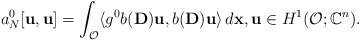
\begin{align*}a_N^0[\mathbf{u},\mathbf{u}]=\int _\mathcal{O}\langle g^0 b(\mathbf{D})\mathbf{u},b(\mathbf{D})\mathbf{u}\rangle \,d\mathbf{x},\mathbf{u}\in H^1(\mathcal{O};\mathbb{C}^n).\end{align*}